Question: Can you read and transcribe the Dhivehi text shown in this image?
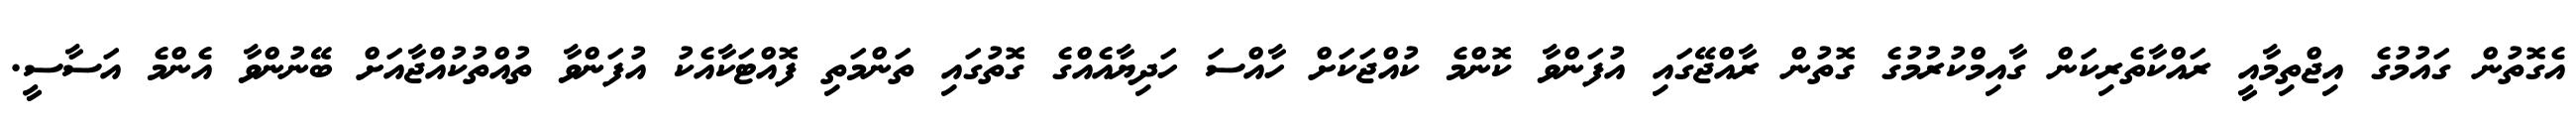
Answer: އެގޮތުން ގައުމުގެ އިޖްތިމާއީ ރައްކާތެރިކަން ގާއިމްކުރުމުގެ ގޮތުން ރާއްޖޭގައި އުފަންވާ ކޮންމެ ކުއްޖަކަށް ހާއްސަ ހަދިޔާއެއްގެ ގޮތުގައި ތަންމަތި ފޮއްޓަކާއެކު އުފަންވާ ތުއްތުކުއްޖާއަށް ބޭނުންވާ އެންމެ އަސާސީ.